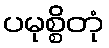
ပမုစ္စိတုံ